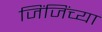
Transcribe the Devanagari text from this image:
जिंजिंच्या